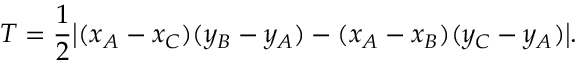
T = { \frac { 1 } { 2 } } { \big | } ( x _ { A } - x _ { C } ) ( y _ { B } - y _ { A } ) - ( x _ { A } - x _ { B } ) ( y _ { C } - y _ { A } ) { \big | } .